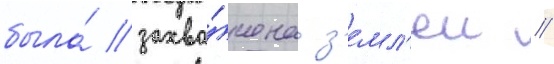
была́ захва́чена з'емл'еи /